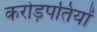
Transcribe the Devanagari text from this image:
करोड़पतियों